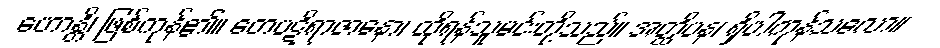
ဟောန္တိ၊ ဖြစ်ကုန်၏။ တေပဋိရာဇာနော၊ ထိုရန်သူမင်းတို့သည်။ အတ္ထိပန၊ ရှိပါကုန်သလော။